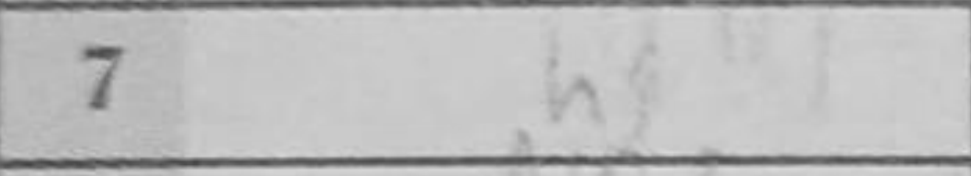
Transcription: h5